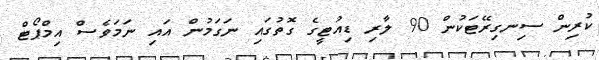
ކުރިން ސިނގިރޭޓަކުން 90 ލާރި ޑިއުޓީގެ ގޮތުގައި ނަގަމުން އައި ނަމަވެސް އިމްޕޯޓް